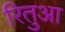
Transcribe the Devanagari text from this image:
रितुआ